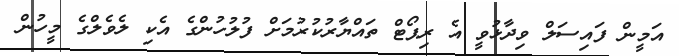
އަމީން ފައިސަލް ވިދާޅުވީ އެ ރިޕޯޓް ތައްޔާރުކުރުމަށް ފުލުހުންގެ އެކި ލެވެލްގެ މީހުން